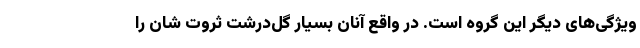
ویژگی‌های دیگر این گروه است. در واقع آنان بسیار گل‌درشت ثروت شان را